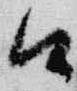
口